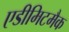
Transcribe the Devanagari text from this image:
एडीमिटमैक